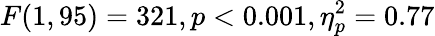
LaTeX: F(1,95)=321,p<0.001,\eta_{p}^{2}=0.77